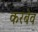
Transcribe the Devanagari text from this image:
करबेव